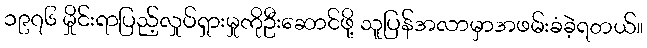
၁၉၇၆ မှိုင်းရာပြည့်လှုပ်ရှားမှုကိုဦးဆောင်ဖို့ သူပြန်အလာမှာအဖမ်းခံခဲ့ရတယ်။